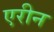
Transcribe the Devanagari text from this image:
एरीन